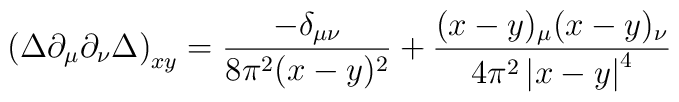
\left(\Delta\partial_\mu\partial_\nu\Delta\right)_{xy}=\frac{-\delta_	{\mu\nu}}{8\pi^2(x-y)^2}+\frac{(x-y)_\mu(x-y)_\nu}{4\pi^2\left|x-y	\right|^4}